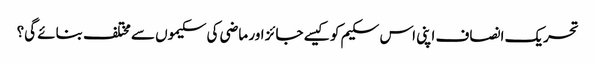
تحریک انصاف اپنی اس سکیم کو کیسے جائز اور ماضی کی سکیموں سے مختلف بنائے گی؟